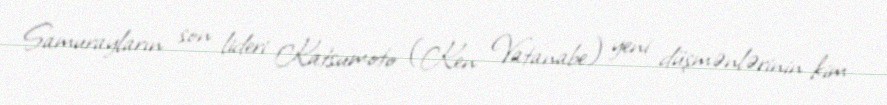
Samurayların son lideri Katsumoto (Ken Vatanabe) yeni düşmənlərinin kim